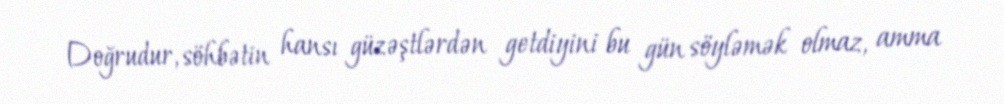
Doğrudur, söhbətin hansı güzəştlərdən getdiyini bu gün söyləmək olmaz, amma